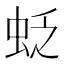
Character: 𧊉